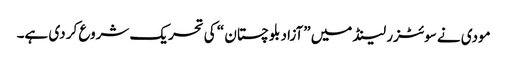
مودی نے سوئٹزر لینڈ میں ”آزاد بلوچستان “ کی تحریک شروع کر دی ہے۔